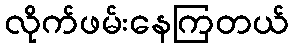
လိုက်ဖမ်းနေကြတယ်